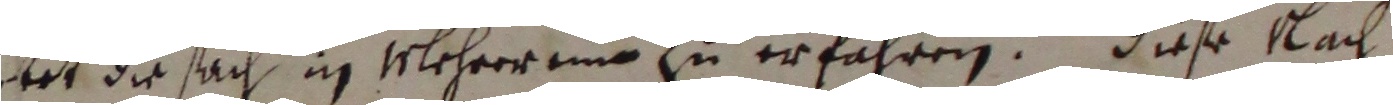
eret die sach in mlehrerem zu erfahren. Diese nach